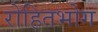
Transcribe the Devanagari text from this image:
रोहितभोग